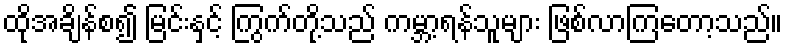
ထိုအချိန်စ၍ မြင်းနှင့် ကြွက်တို့သည် ကမ္ဘာ့ရန်သူများ ဖြစ်လာကြတော့သည်။